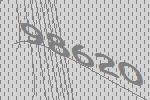
98620